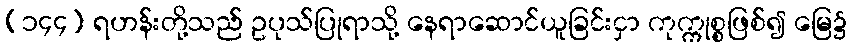
(၁၄၄) ရဟန်းတို့သည် ဥပုသ်ပြုရာသို့ နေရာဆောင်ယူခြင်းငှာ ကုက္ကုစ္စဖြစ်၍ မြေ၌